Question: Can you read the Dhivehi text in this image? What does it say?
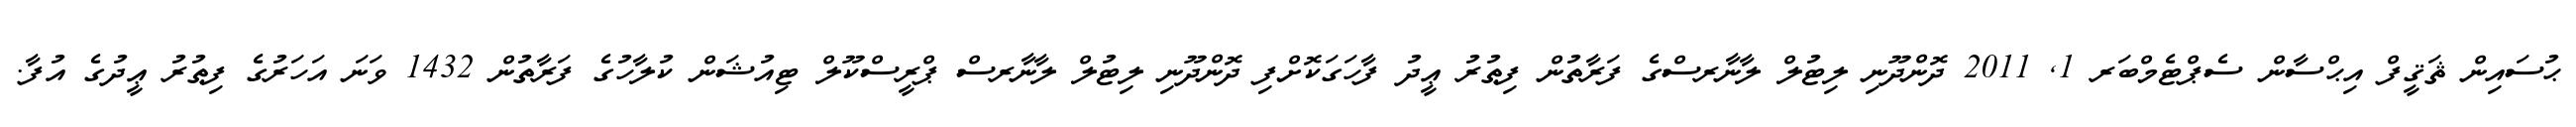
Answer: ޙުސައިން ޘަޤީފް އިޙްސާން ސެޕްޓެމްބަރ 1, 2011 ދޮންދޫނި ލިޓުލް ލާނާރސްގެ ފަރާތުން ފިޠުރު ޢީދު ފާހަގަކޮށްފި ދޮންދޫނި ލިޓުލް ލާނާރސް ޕްރީސްކޫލް ޓިއުޝަން ކުލާހުގެ ފަރާތުން 1432 ވަނަ އަހަރުގެ ފިޠުރު ޢީދުގެ އުފާ.